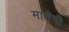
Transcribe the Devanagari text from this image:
मानेगी